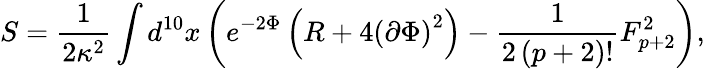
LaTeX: S=\frac{1}{2\kappa^{2}}\int d^{10}x\left(e^{-2\Phi}\left(R+4\left(\partial\Phi\right)^{2}\right)-\frac{1}{2\left(p+2\right)!}F_{p+2}^{2}\right),